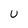
Character: u